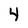
Character: 4